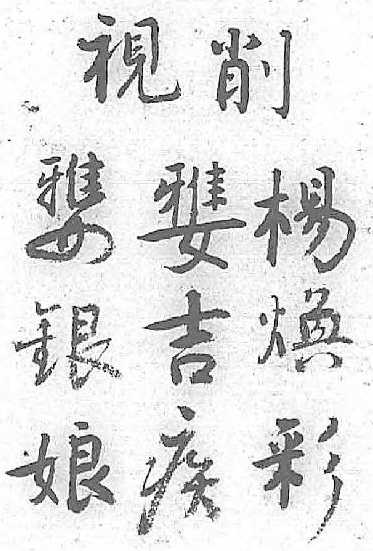
削󶏙󶏙楊視銀吉煥 娘疾彩